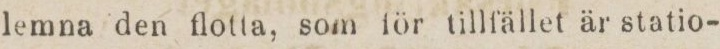
lemna den flotta, som för tillfället är statio-